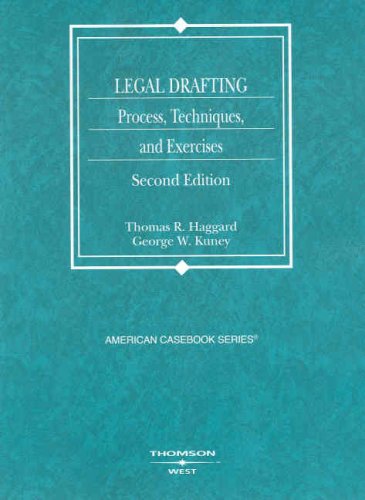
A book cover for Legal Drafting, Process, Techniques, and Exercises (American Casebook Series); Thomas Haggard; Law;